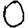
Digit: 0